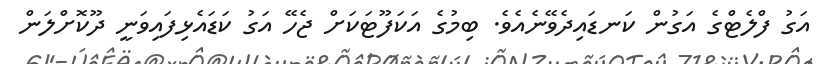
އަގު ފްލެޓްގެ އަގުން ކަނޑައިދެވޭނެއެވެ. ބިމުގެ އަކަފޫޓަކަށް ޖެހޭ އަގު ކަޑައެޅިފައިވަނީ ދޫކޮށްލަން